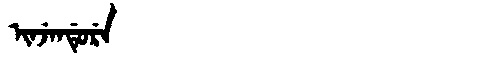
Manchu: ᡳᠨᠵᡝᠨᡩᡠᡵᡝ
Romanization: INJENDURE